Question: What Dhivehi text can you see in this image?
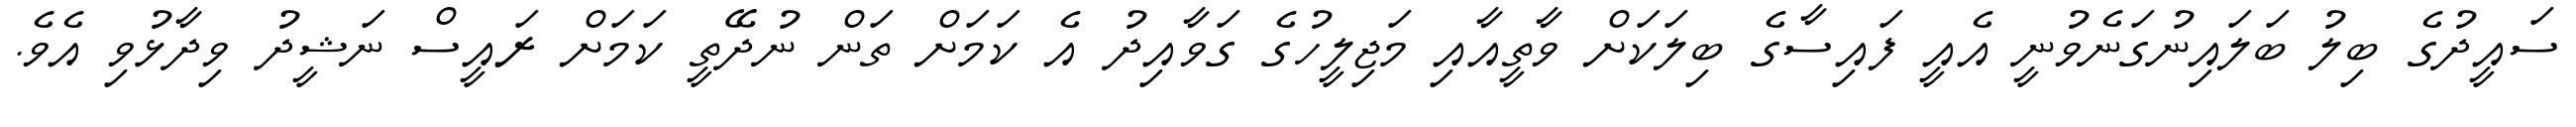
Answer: ސައީދުގެ ބިލު ބަލައިނުގަނެވުނީ އެއީ ފައިސާގެ ބިލަކަށް ވާތީއާއި މަޖިލީހުގެ ގަވާއިދު އެ ކަމަށް ތަން ނުދޭތީ ކަމަށް ރައީސް ނަޝީދު ވިދާޅުވި އެވެ.